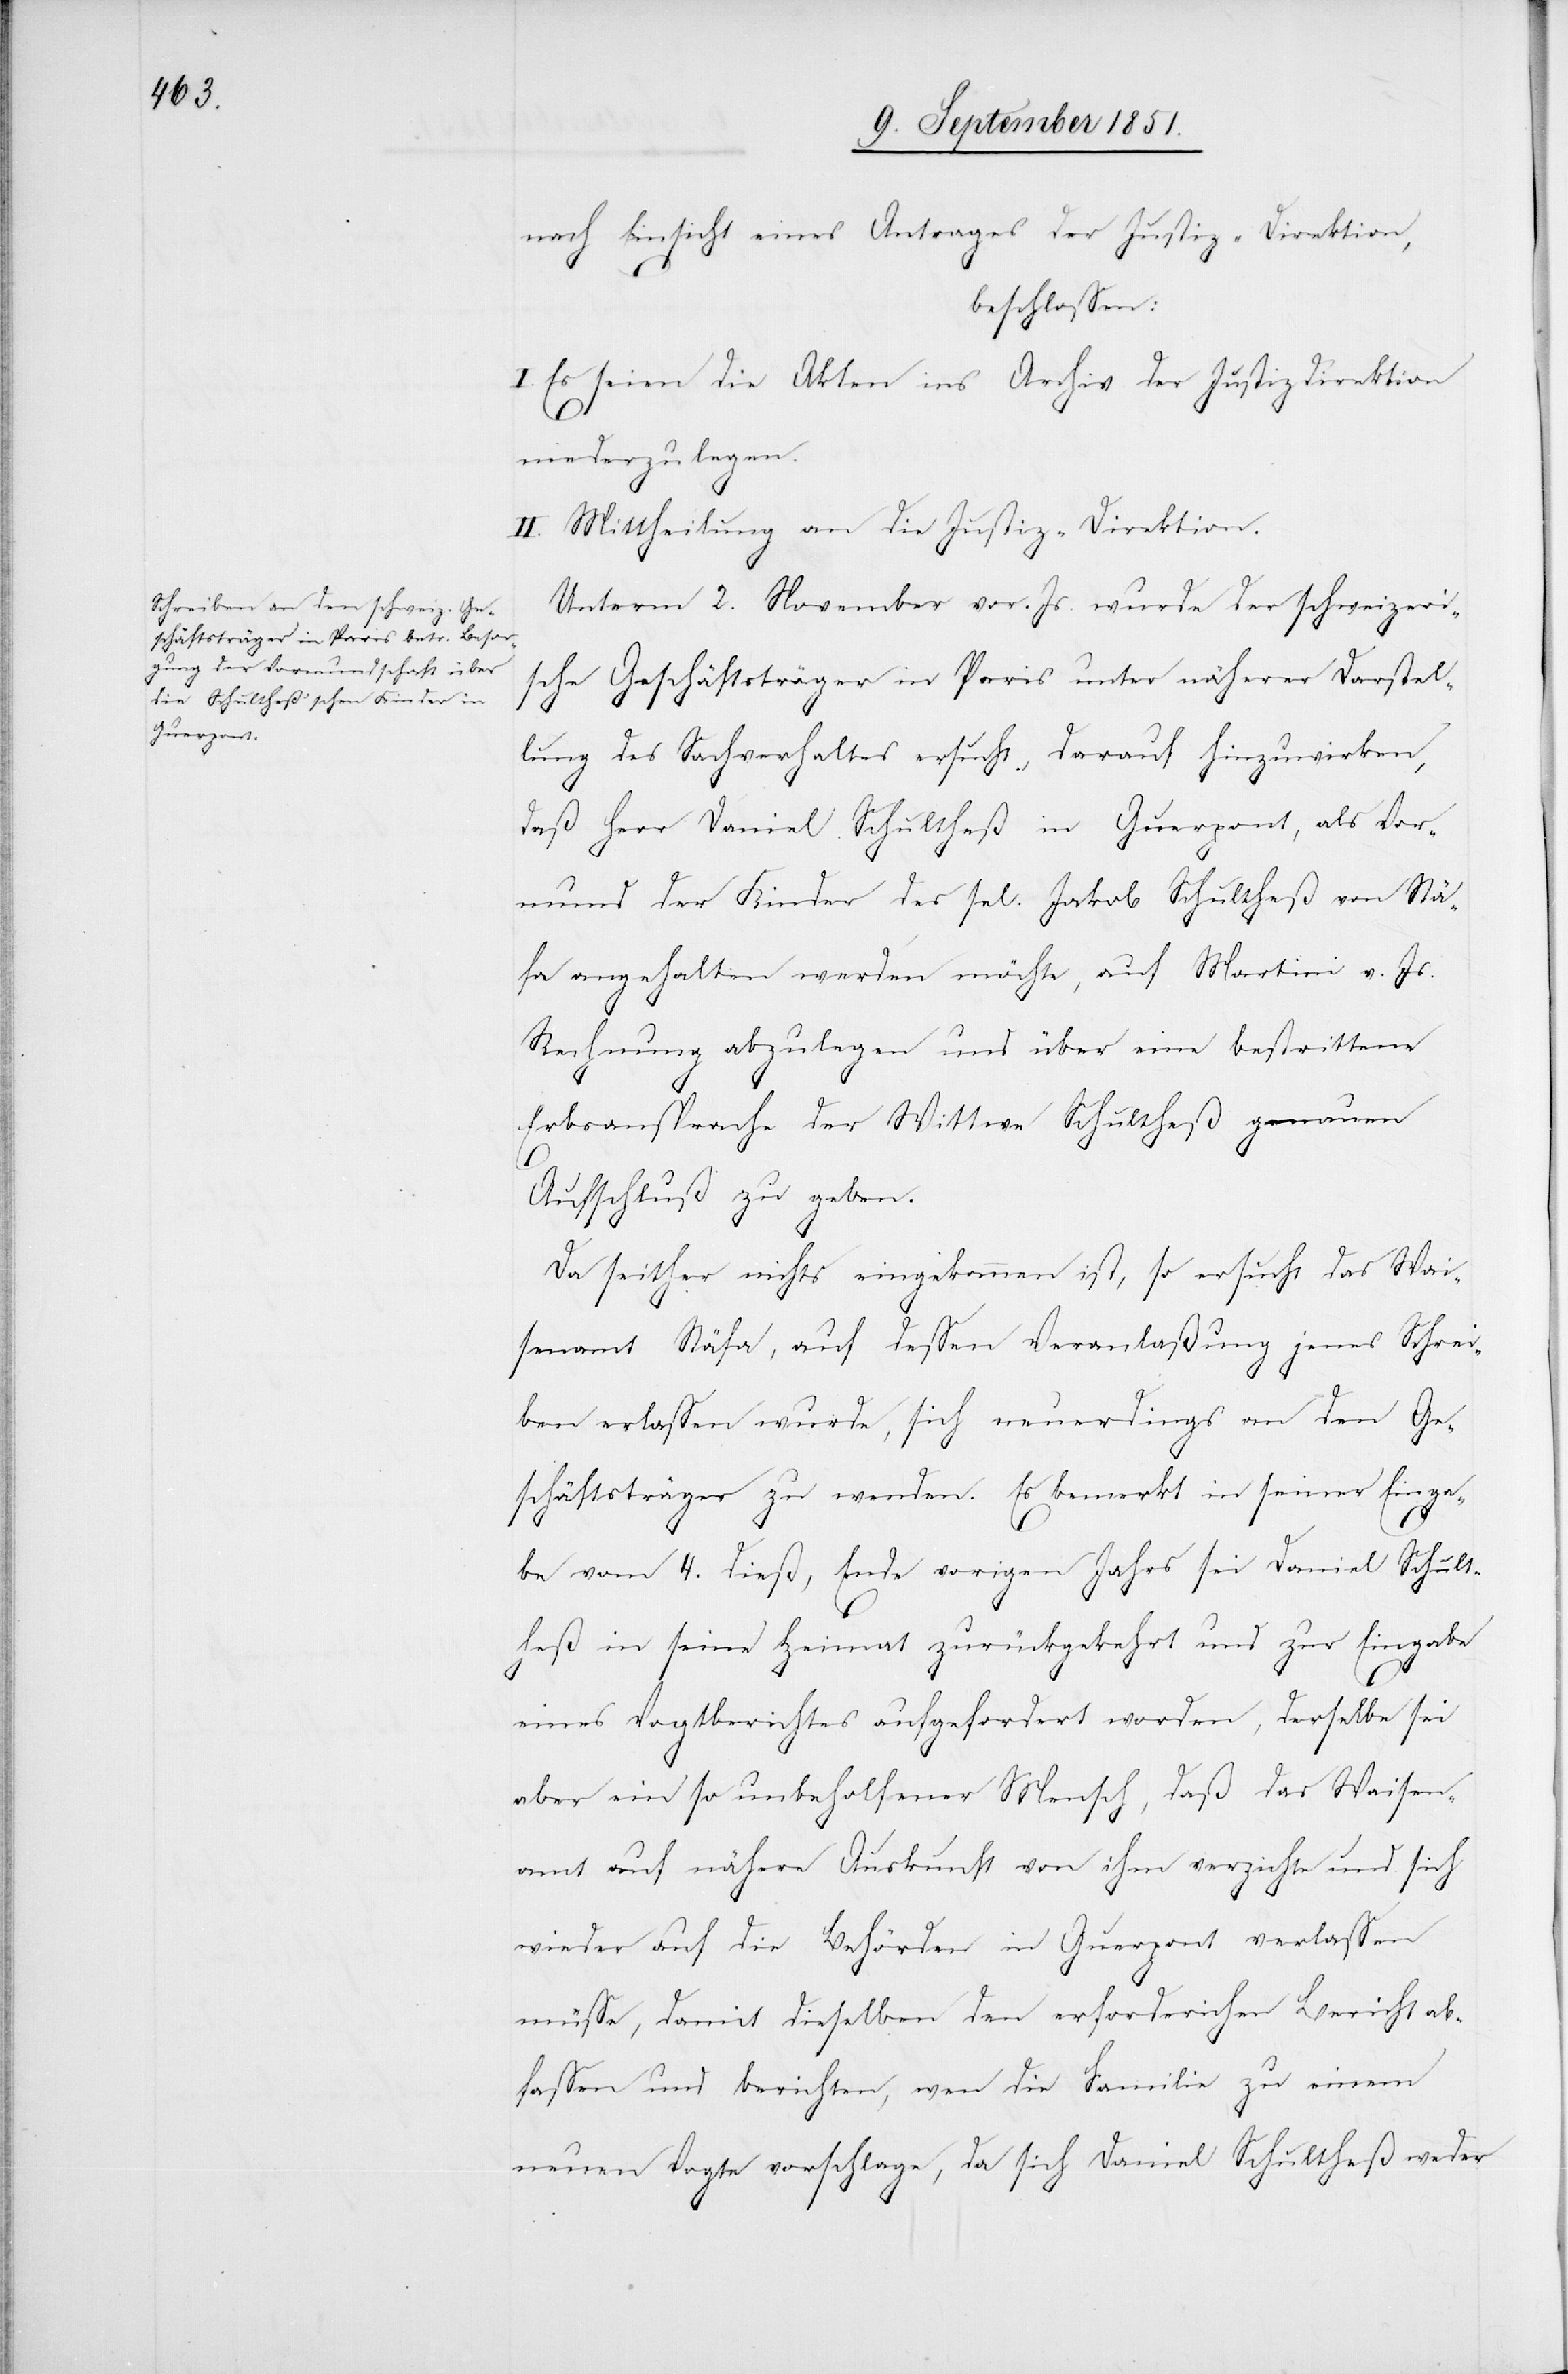
nach Einsicht eines Antrages der Justiz-Direktion,
beschlossen:
I. Es seien die Akten ins Archiv der Justizdirektion
niederzulegen.
II. Mittheilung an die Justiz-Direktion.
Unterm 2. November vor. Js. wurde der schweizeri¬
sche Geschäftsträger in Paris unter näherer Darstel¬
lung des Sachverhaltes ersucht, darauf hinzuwirken,
daß Herr Daniel Schultheß in Guerpont, als Vor¬
mund der Kinder des sel. Jakob Schultheß von Stä¬
fa angehalten werden möchte, auf Martini v. Js.
Rechnung abzulegen und über eine bestrittene
Erbsansprache der Wittwe Schultheß genauen
Aufschluß zu geben.
Da seither nichts eingekommen ist, so ersucht das Wai¬
senamt Stäfa, auf dessen Veranlaßung jenes Schrei¬
ben erlassen wurde, sich neuerdings an den Ge¬
schäftsträger zu wenden. Es bemerkt in seiner Einga¬
be vom 4. dieß, Ende vorigen Jahrs sei Daniel Schult¬
heß in seine Heimat zurückgekehrt und zur Eingabe
eines Vogtberichtes aufgefordert worden, derselbe sei
aber ein so unbeholfener Mensch, daß das Waisen¬
amt auf nähere Auskunft von ihm verzichte und sich
wieder auf die Behörden in Guerpont verlassen
müsse, damit dieselben den erforderlichen Bericht ab¬
fassen und berichten, wen die Familie zu einem
neuen Vogte vorschlage, da sich Daniel Schultheß weder